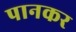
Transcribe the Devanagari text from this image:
पानकर